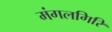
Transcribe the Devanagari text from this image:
मंगलगिरि